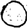
Digit: 0